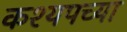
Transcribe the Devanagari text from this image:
कश्यपच्या